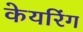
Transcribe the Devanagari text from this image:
केयरिंग